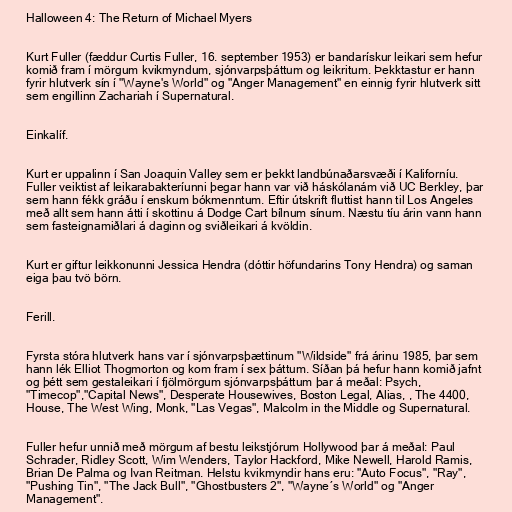
Halloween 4: The Return of Michael Myers

Kurt Fuller (fæddur Curtis Fuller, 16. september 1953) er bandarískur leikari sem hefur
komið fram í mörgum kvikmyndum, sjónvarpsþáttum og leikritum. Þekktastur er hann
fyrir hlutverk sín í "Wayne's World" og "Anger Management" en einnig fyrir hlutverk sitt
sem engillinn Zachariah í Supernatural.

Einkalíf.

Kurt er uppalinn í San Joaquin Valley sem er þekkt landbúnaðarsvæði í Kaliforníu.
Fuller veiktist af leikarabakteríunni þegar hann var við háskólanám við UC Berkley, þar
sem hann fékk gráðu í enskum bókmenntum. Eftir útskrift fluttist hann til Los Angeles
með allt sem hann átti í skottinu á Dodge Cart bílnum sínum. Næstu tíu árin vann hann
sem fasteignamiðlari á daginn og sviðleikari á kvöldin.

Kurt er giftur leikkonunni Jessica Hendra (dóttir höfundarins Tony Hendra) og saman
eiga þau tvö börn.

Ferill.

Fyrsta stóra hlutverk hans var í sjónvarpsþættinum "Wildside" frá árinu 1985, þar sem
hann lék Elliot Thogmorton og kom fram í sex þáttum. Síðan þá hefur hann komið jafnt
og þétt sem gestaleikari í fjölmörgum sjónvarpsþáttum þar á meðal: Psych,
"Timecop","Capital News", Desperate Housewives, Boston Legal, Alias, , The 4400,
House, The West Wing, Monk, "Las Vegas", Malcolm in the Middle og Supernatural.

Fuller hefur unnið með mörgum af bestu leikstjórum Hollywood þar á meðal: Paul
Schrader, Ridley Scott, Wim Wenders, Taylor Hackford, Mike Newell, Harold Ramis,
Brian De Palma og Ivan Reitman. Helstu kvikmyndir hans eru: "Auto Focus", "Ray",
"Pushing Tin", "The Jack Bull", "Ghostbusters 2", "Wayne´s World" og "Anger
Management".